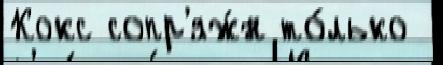
Кокс сопр'яж́н то́лько